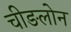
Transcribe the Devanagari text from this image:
चीङलोन